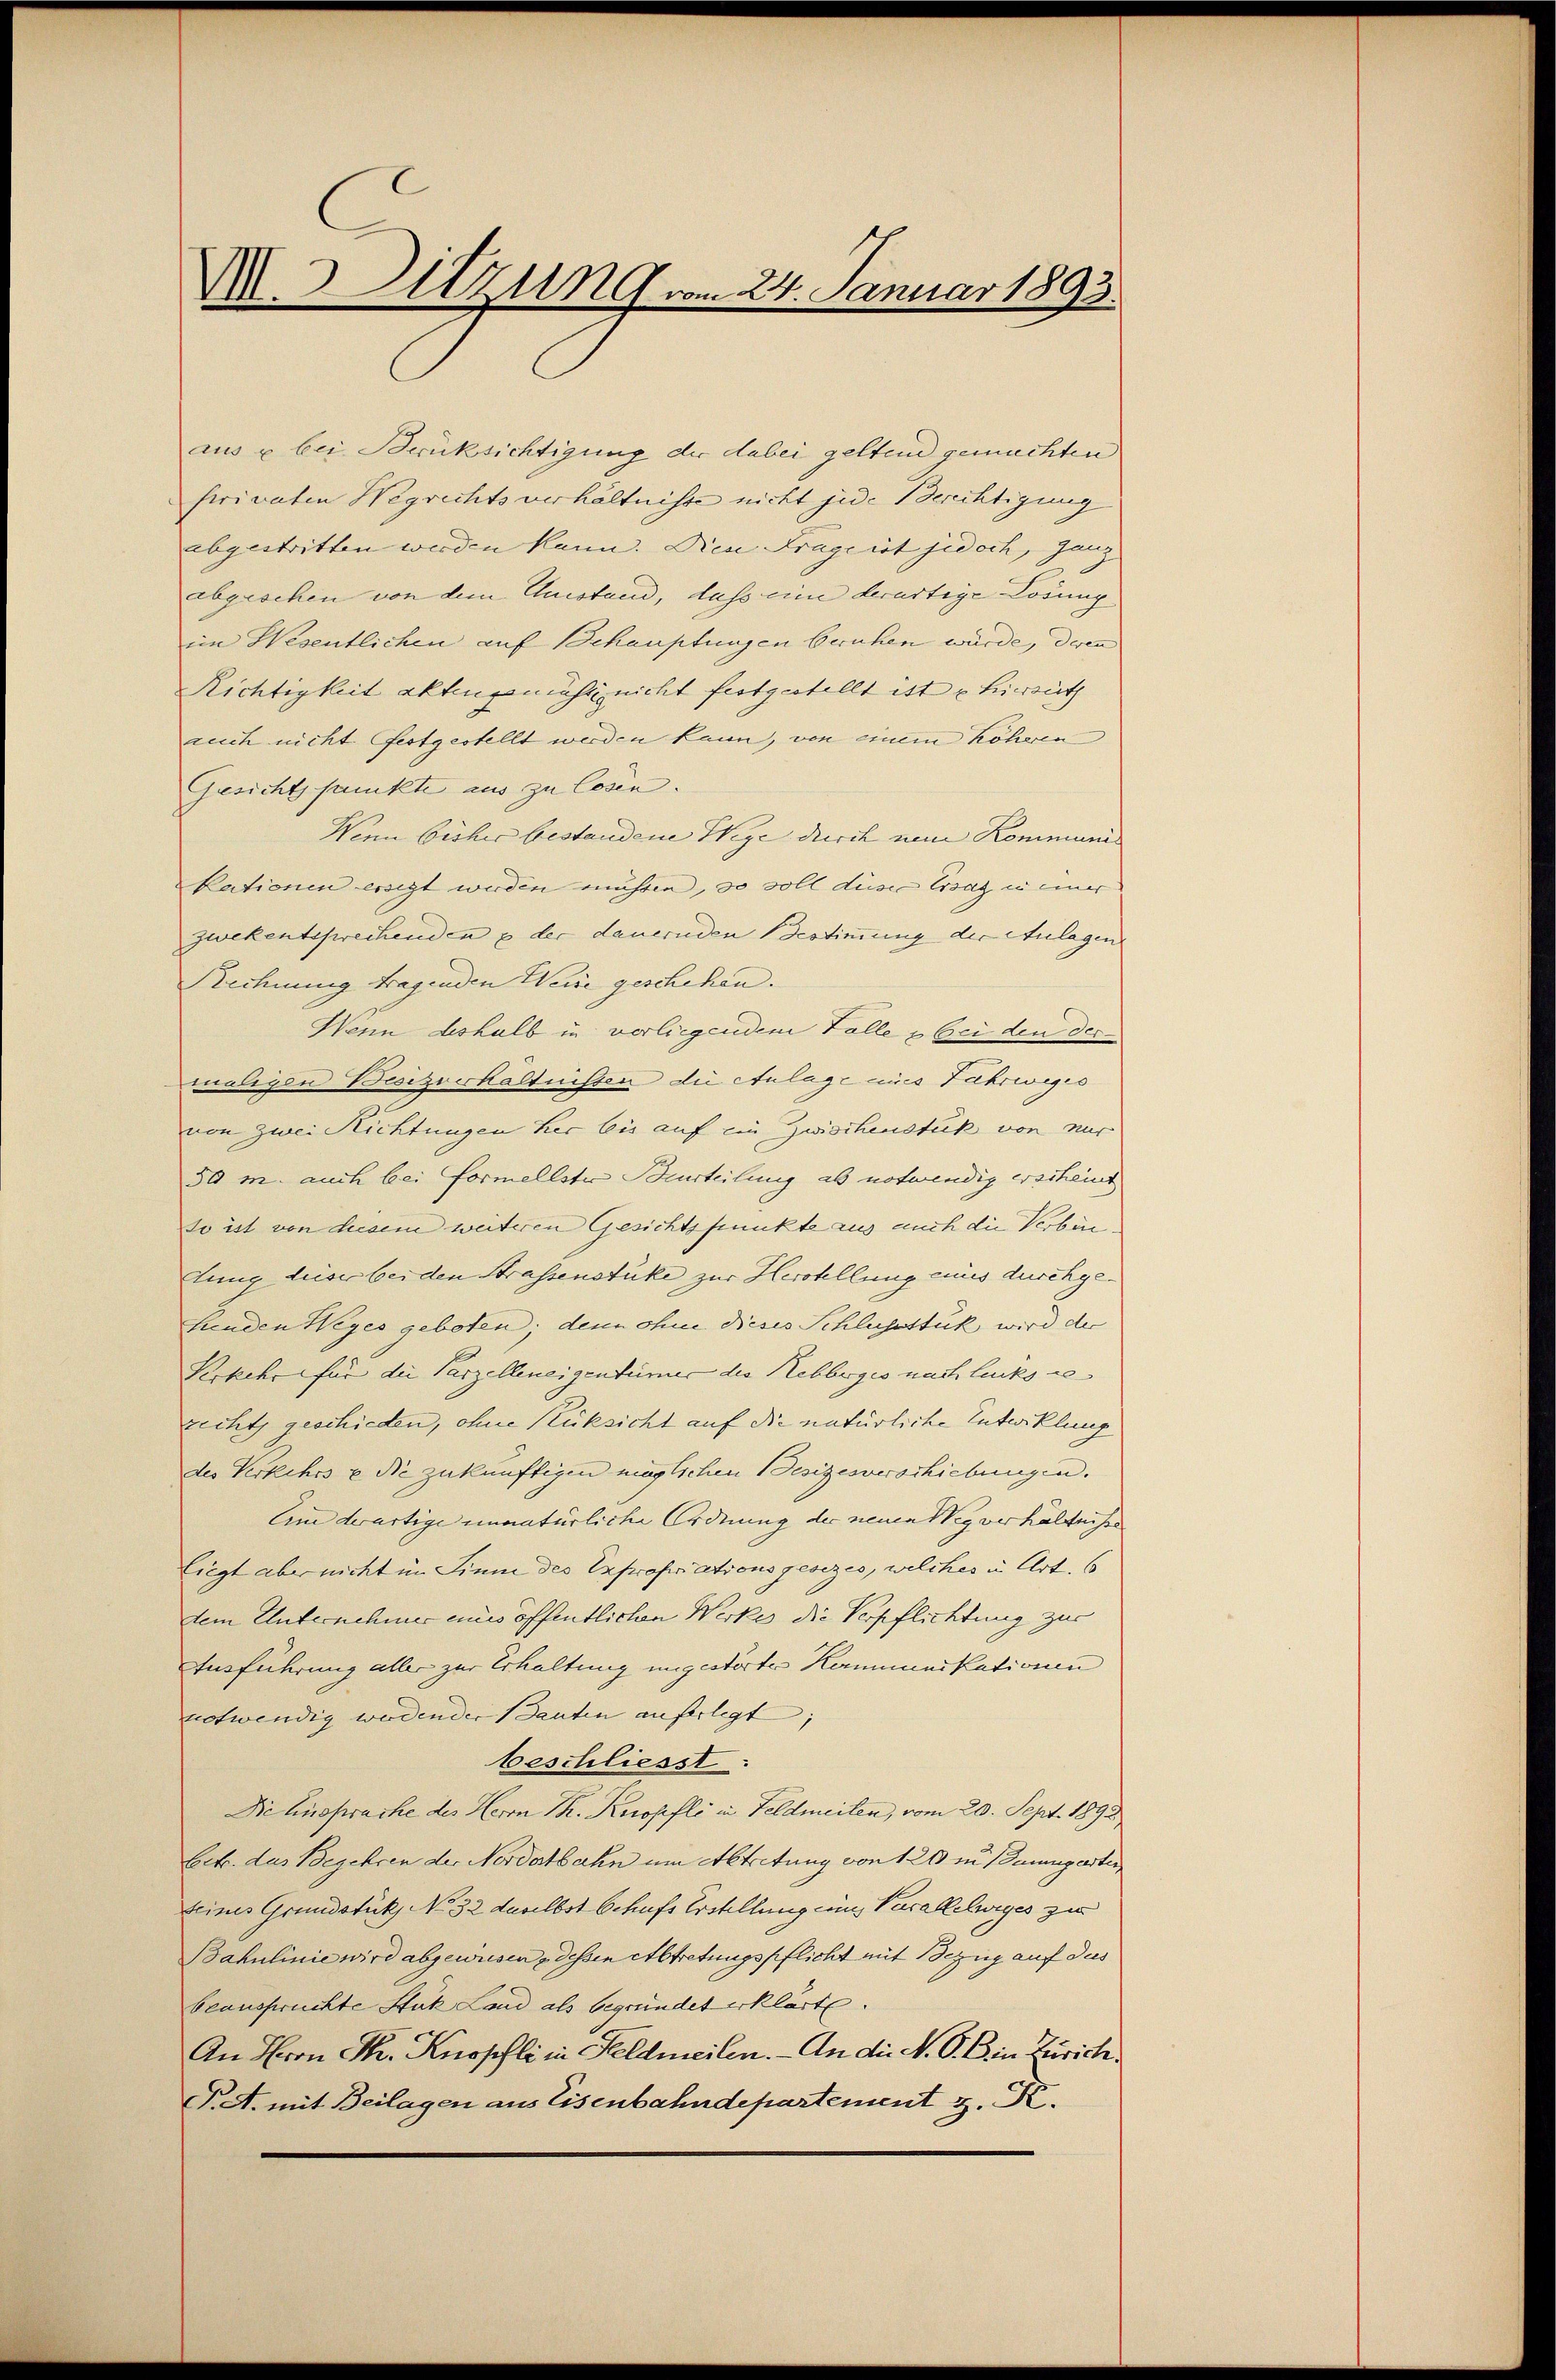
M. Sitzung vom 24. Januar 1893.

aus u. bei Brücksichtigung der dabei geltend gemachten
ferivaten Wegrechtsverhältnisse nicht jede Berichtigung
abgestritten werden kann. Die Frage ist jedoch, ganz
abgesehen von dem Austand, dass eine derartige Lösung
im Wesentlichen auf Schauptungen beruhen würde, deren
Richtigkeit akten gemäss nicht festgestellt ist u Heirath
auch nicht festgestellt werden kann, von einem höheren
Gesicht sankte aus zu Cosen.
Wenn bisher bestandene Wege durch von Kommunic
kationen ersezt werden müssen, so soll diese Ersatz in einer
zwekentsprechenden & der dauernden Bestimmung der Anlagen
Rechnung tragenden Weise geschehen.
Wenn deshalb in verliegenden Falle & bei den der
maligen Besizverhältnissen die Anlage eines Fahrweges
von zwei Richtungen her bis auf ein Zwischenstück von nur
50 m. auch bei Formellster Beurteilung ab notwendig erscheine
so ist von diesem weiteren Gesichtspunkte aus auch die Verbintung dieser bei den Strassenstüke zur Herstellung aus durchge¬
Landen Weges geboten; denn ohne dieses Schlussstik wird der
Rekehr für die Parzelleneigentümer die Rebbogio nach lacks se
zecht, geschieden, ohne Rüksicht auf die natürliche Entwicklung
des Verkehrs u. die zukünftigen möglichen Besizesverschiebungen.
Am derartige unnatürliche Ordnung der neuen Weg verhältniss
liegt aber nicht im Sinne des Expropriationsgesezes, welches in Art. 6
dem Unternehmer eines öffentlichen Werker die Verpflichtung zur
Ausführung aller zur Erhaltung ungestörter Kommunikationen
notwendig werdender Bauten anfertigt;
beschliesst:
Die Einsprache des Herrn P. Knopfli in Feldmeilen, vom 20. Sept. 1893.
betr. das Begehren der Nordatbahn um Abtretung von 120 in Baumgarten
Seines Grundstük No 32 daselbst behufs Erstellung in Vacallelwiges zu
Bahulinie wird abgewiesen dessen Abtretungspflicht mit Bezug auf das
beansprüchte Stük Land als begründet erklärt.
An Herrn Sr. Knopfli in Feldmeilen. - An die N. O. B. in Zürich¬
T. A. mit Beilagen aus Eisenbahndepartement z. K.